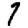
Digit: 7